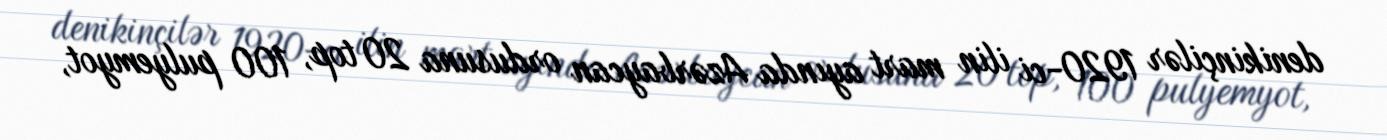
denikinçilər 1920-ci ilin mart ayında Azərbaycan ordusuna 20 top, 100 pulyemyot,